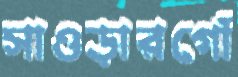
সাওড়ারগোঁ